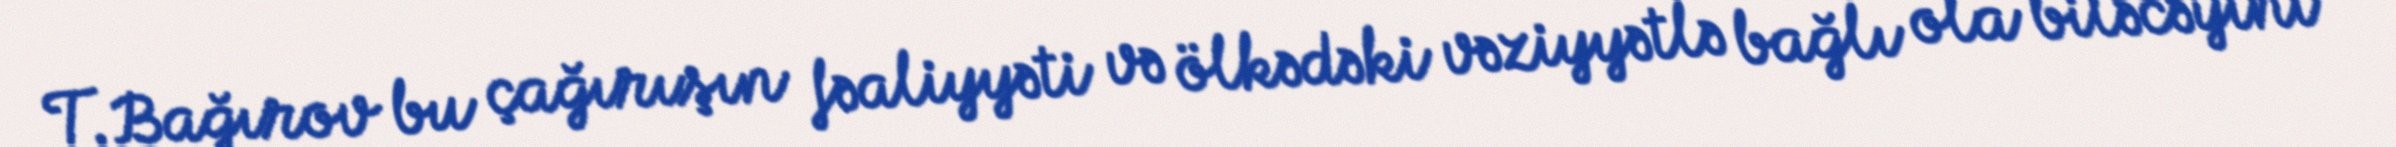
T.Bağırov bu çağırışın fəaliyyəti və ölkədəki vəziyyətlə bağlı ola biləcəyini